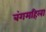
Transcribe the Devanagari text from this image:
बंगमहिला